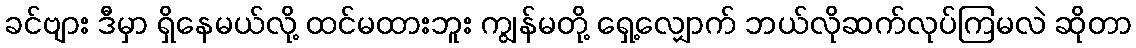
ခင်ဗျား ဒီမှာ ရှိနေမယ်လို့ ထင်မထားဘူး ကျွန်မတို့ ရှေ့လျှောက် ဘယ်လိုဆက်လုပ်ကြမလဲ ဆိုတာ